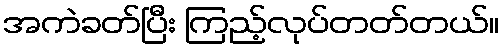
အကဲခတ်ပြီး ကြည့်လုပ်တတ်တယ်။